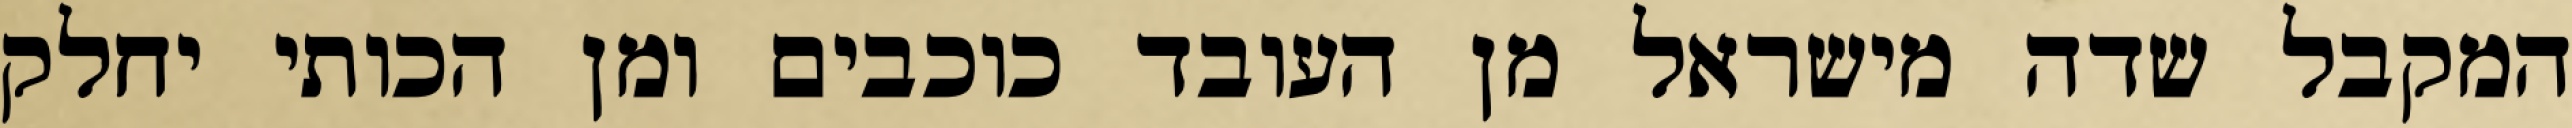
המקבל שדה מישראל מן העובד כוכבים ומן הכותי יחלק